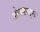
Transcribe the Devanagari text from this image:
ओब्लास्ट्स